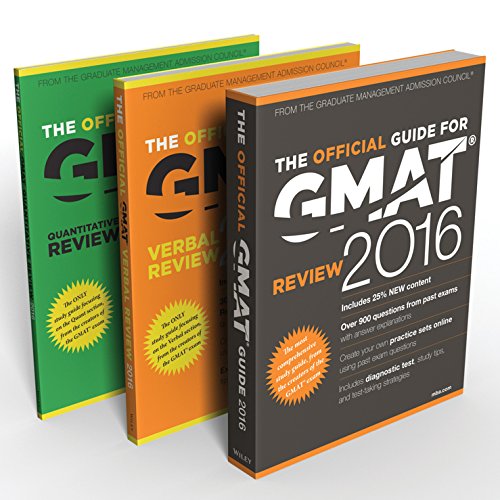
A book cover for GMAT 2016 Official Guide Bundle; GMAC (Graduate Management Admission Council); Test Preparation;